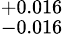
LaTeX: ^{+0.016}_{-0.016}